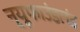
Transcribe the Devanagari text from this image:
न्यूफाउंडलंड